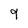
Character: 9